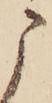
こ